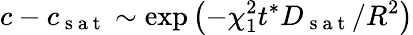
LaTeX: c-c_{\mathrm{~s~a~t~}}\sim\exp\left(-\chi_{1}^{2}t^{*}D_{\mathrm{~s~a~t~}}/R^{2}\right)